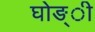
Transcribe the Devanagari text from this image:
घोङ्ी